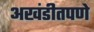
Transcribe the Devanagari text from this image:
अखंडीतपणे